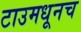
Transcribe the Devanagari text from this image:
टाउमधूनच